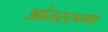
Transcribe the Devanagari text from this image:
आंतररुग्ण